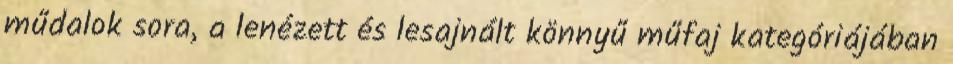
műdalok sora, a lenézett és lesajnált könnyű műfaj kategóriájában